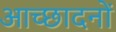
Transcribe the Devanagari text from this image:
आच्छादनों